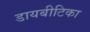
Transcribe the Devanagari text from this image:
डायबीटिका